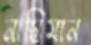
নাস্তিমান